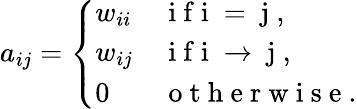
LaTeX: a_{ij}=\left\{ \begin{array}{ll}{w_{ii}}&{\mathrm{~i~f~i~=~j~},}\\ {w_{ij}}&{\mathrm{~i~f~i~\rightarrow~j~},}\\ {0}&{\mathrm{~o~t~h~e~r~w~i~s~e~}.}\end{array}\right.